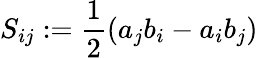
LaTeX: S_{ij}:=\frac 12(a_{j}b_{i}-a_{i}b_{j})